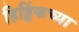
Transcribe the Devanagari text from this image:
हिड्डिंकच्या